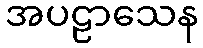
အပဠာသေန